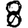
Digit: 8